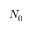
N _ { 0 }